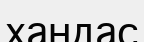
хандас